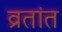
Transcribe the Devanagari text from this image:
व्रतांत